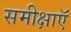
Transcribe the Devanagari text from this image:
समीक्षाऍं